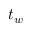
t _ { w }